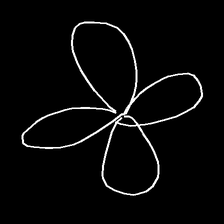
Glyph: billowing